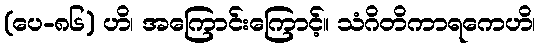
(ပေ-၈၆) ဟိ၊ အကြောင်းကြောင့်။ သံဂိတိကာရကေဟိ၊